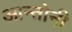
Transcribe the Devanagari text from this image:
आन्तोनी